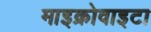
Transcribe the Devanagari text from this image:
माइक्रोवाइटा